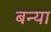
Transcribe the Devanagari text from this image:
बन्या